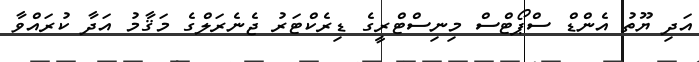
އަދި ޔޫތު އެންޑް ސްޕޯޓްސް މިނިސްޓްރީގެ ޑިރެކްޓަރު ޖެނެރަލްގެ މަޤާމު އަދާ ކުރައްވާ